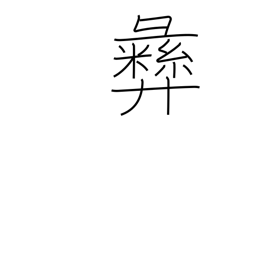
Meaning: moral principle